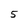
Character: 5